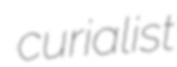
curialist